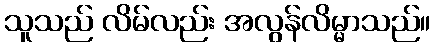
သူသည် လိမ်လည်း အလွန်လိမ္မာသည်။